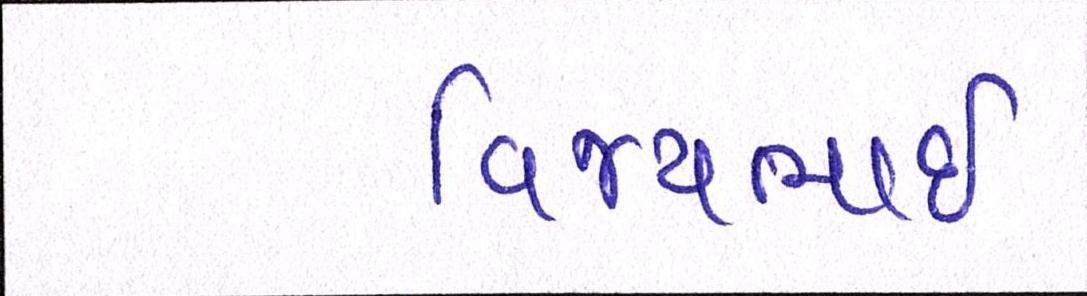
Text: વિજયભાઈ